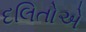
દલિતોએ